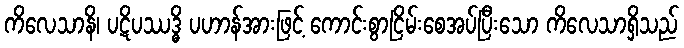
ကိလေသာနိ၊ ပဋိပဿဒ္ဓိ ပဟာန်အားဖြင့် ကောင်းစွာငြိမ်းစေအပ်ပြီးသော ကိလေသာရှိသည်